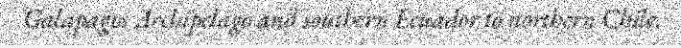
Galapagos Archipelago and southern Ecuador to northern Chile.